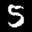
Label: 5